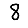
Digit: 8